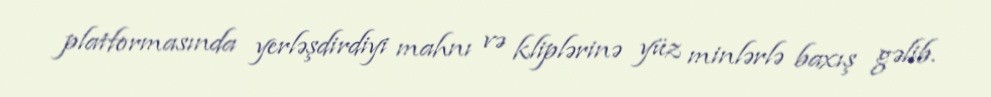
platformasında yerləşdirdiyi mahnı və kliplərinə yüz minlərlə baxış gəlib.